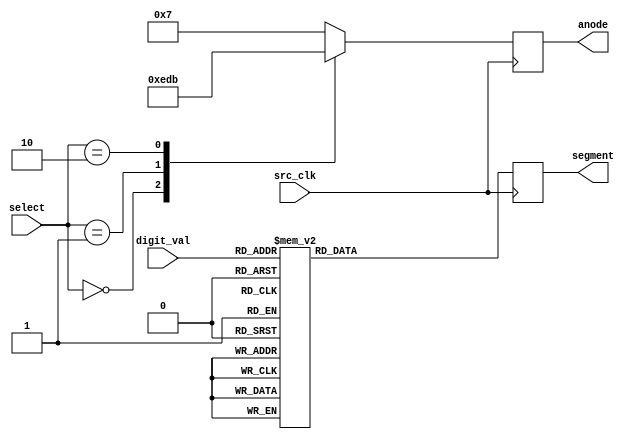
`timescale 1ns / 1ps
//////////////////////////////////////////////////////////////////////////////////
// Company: 
// Engineer: 
// 
// Design Name: 
// Module Name:    sevenseg 
// Project Name: 
// Target Devices: 
// Tool versions: 
// Description: 
//
// Dependencies: 
//
// Revision: 
// Revision 0.01 - File Created
// Additional Comments: 
//
//////////////////////////////////////////////////////////////////////////////////
module sevenseg(input [1:0] select,
    input [3:0] digit_val,
	 input src_clk,
	 //input src_rst,
	 output reg [3:0]anode,
	 output reg [6:0]segment
    );
	
	always @ (posedge src_clk)
	begin
		// anode
		case(select)
			0:	anode <= 4'b1110;
			1: anode <= 4'b1101;
			2: anode <= 4'b1011;
			default: anode <= 4'b0111;
		endcase
				
		//cathodes
		case(digit_val)
			0:	segment <= 8'b1000000;//8'b00000011; // DP CG CF CE CD CC CB CA 
			1:	segment <= 8'b1111001;//8'b10011111;
			2:	segment <= 8'b0100100; //8'b00100011;
			3:	segment <= 8'b0110000;//8'b00001101;
			4:	segment <= 8'b0011001;//8'b10011101;
			5:	segment <= 8'b0010010; //8'b01001001;
			6:	segment <= 8'b0000010; //8'b01000001;
			7:	segment <= 8'b1111000; //8'b00011111;
			8:	segment <= 8'b0000000;//8'b00000001;
			default: segment <= 8'b10011000;//8'b00011001;
		endcase	
		
		// Set decimal point
		//segment[7] <= ~dp;
		
		
		/*
		// Reset?
		if(src_rst) 
		begin
			segment <= 8'b11000000;//8'b00000011;
		end
		else
		begin
			// Code goes here
		end
		*/
	end
endmodule